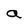
Character: a